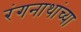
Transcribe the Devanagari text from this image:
रंगनाथांच्या